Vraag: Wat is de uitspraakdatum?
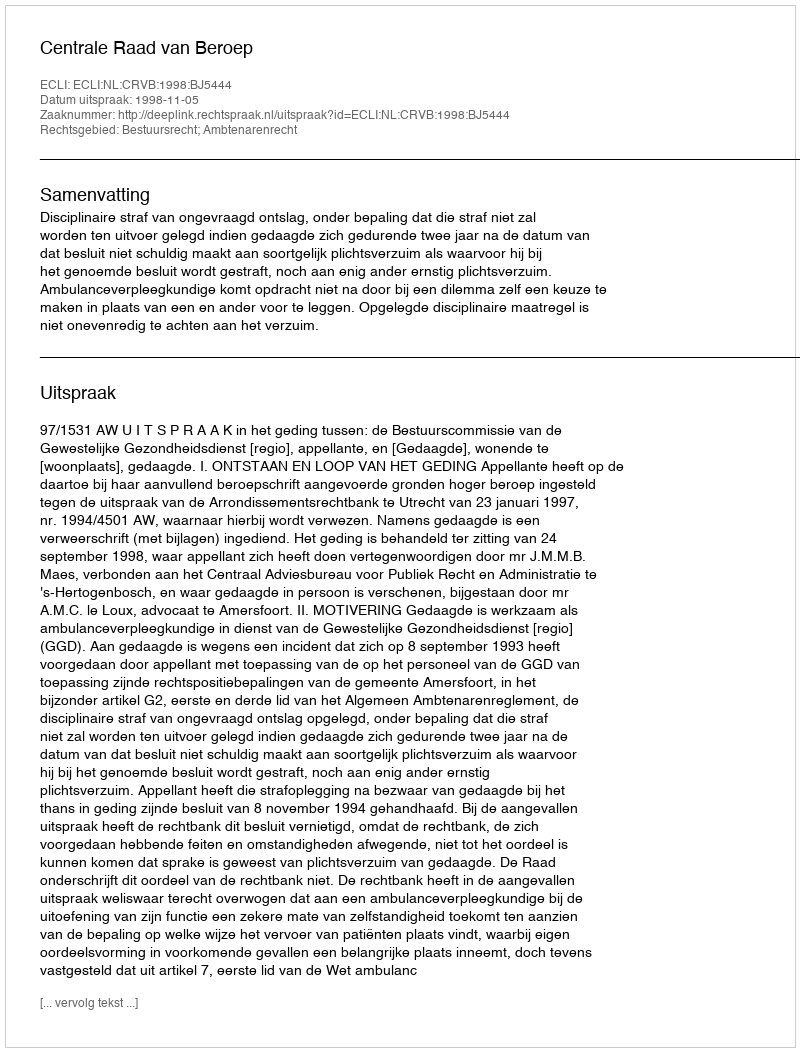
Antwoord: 1998-11-05